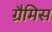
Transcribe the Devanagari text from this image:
ग्रैमिस